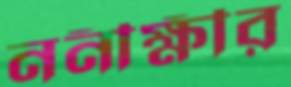
ননীক্ষীর